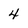
Character: 4